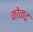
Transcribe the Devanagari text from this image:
कोळद